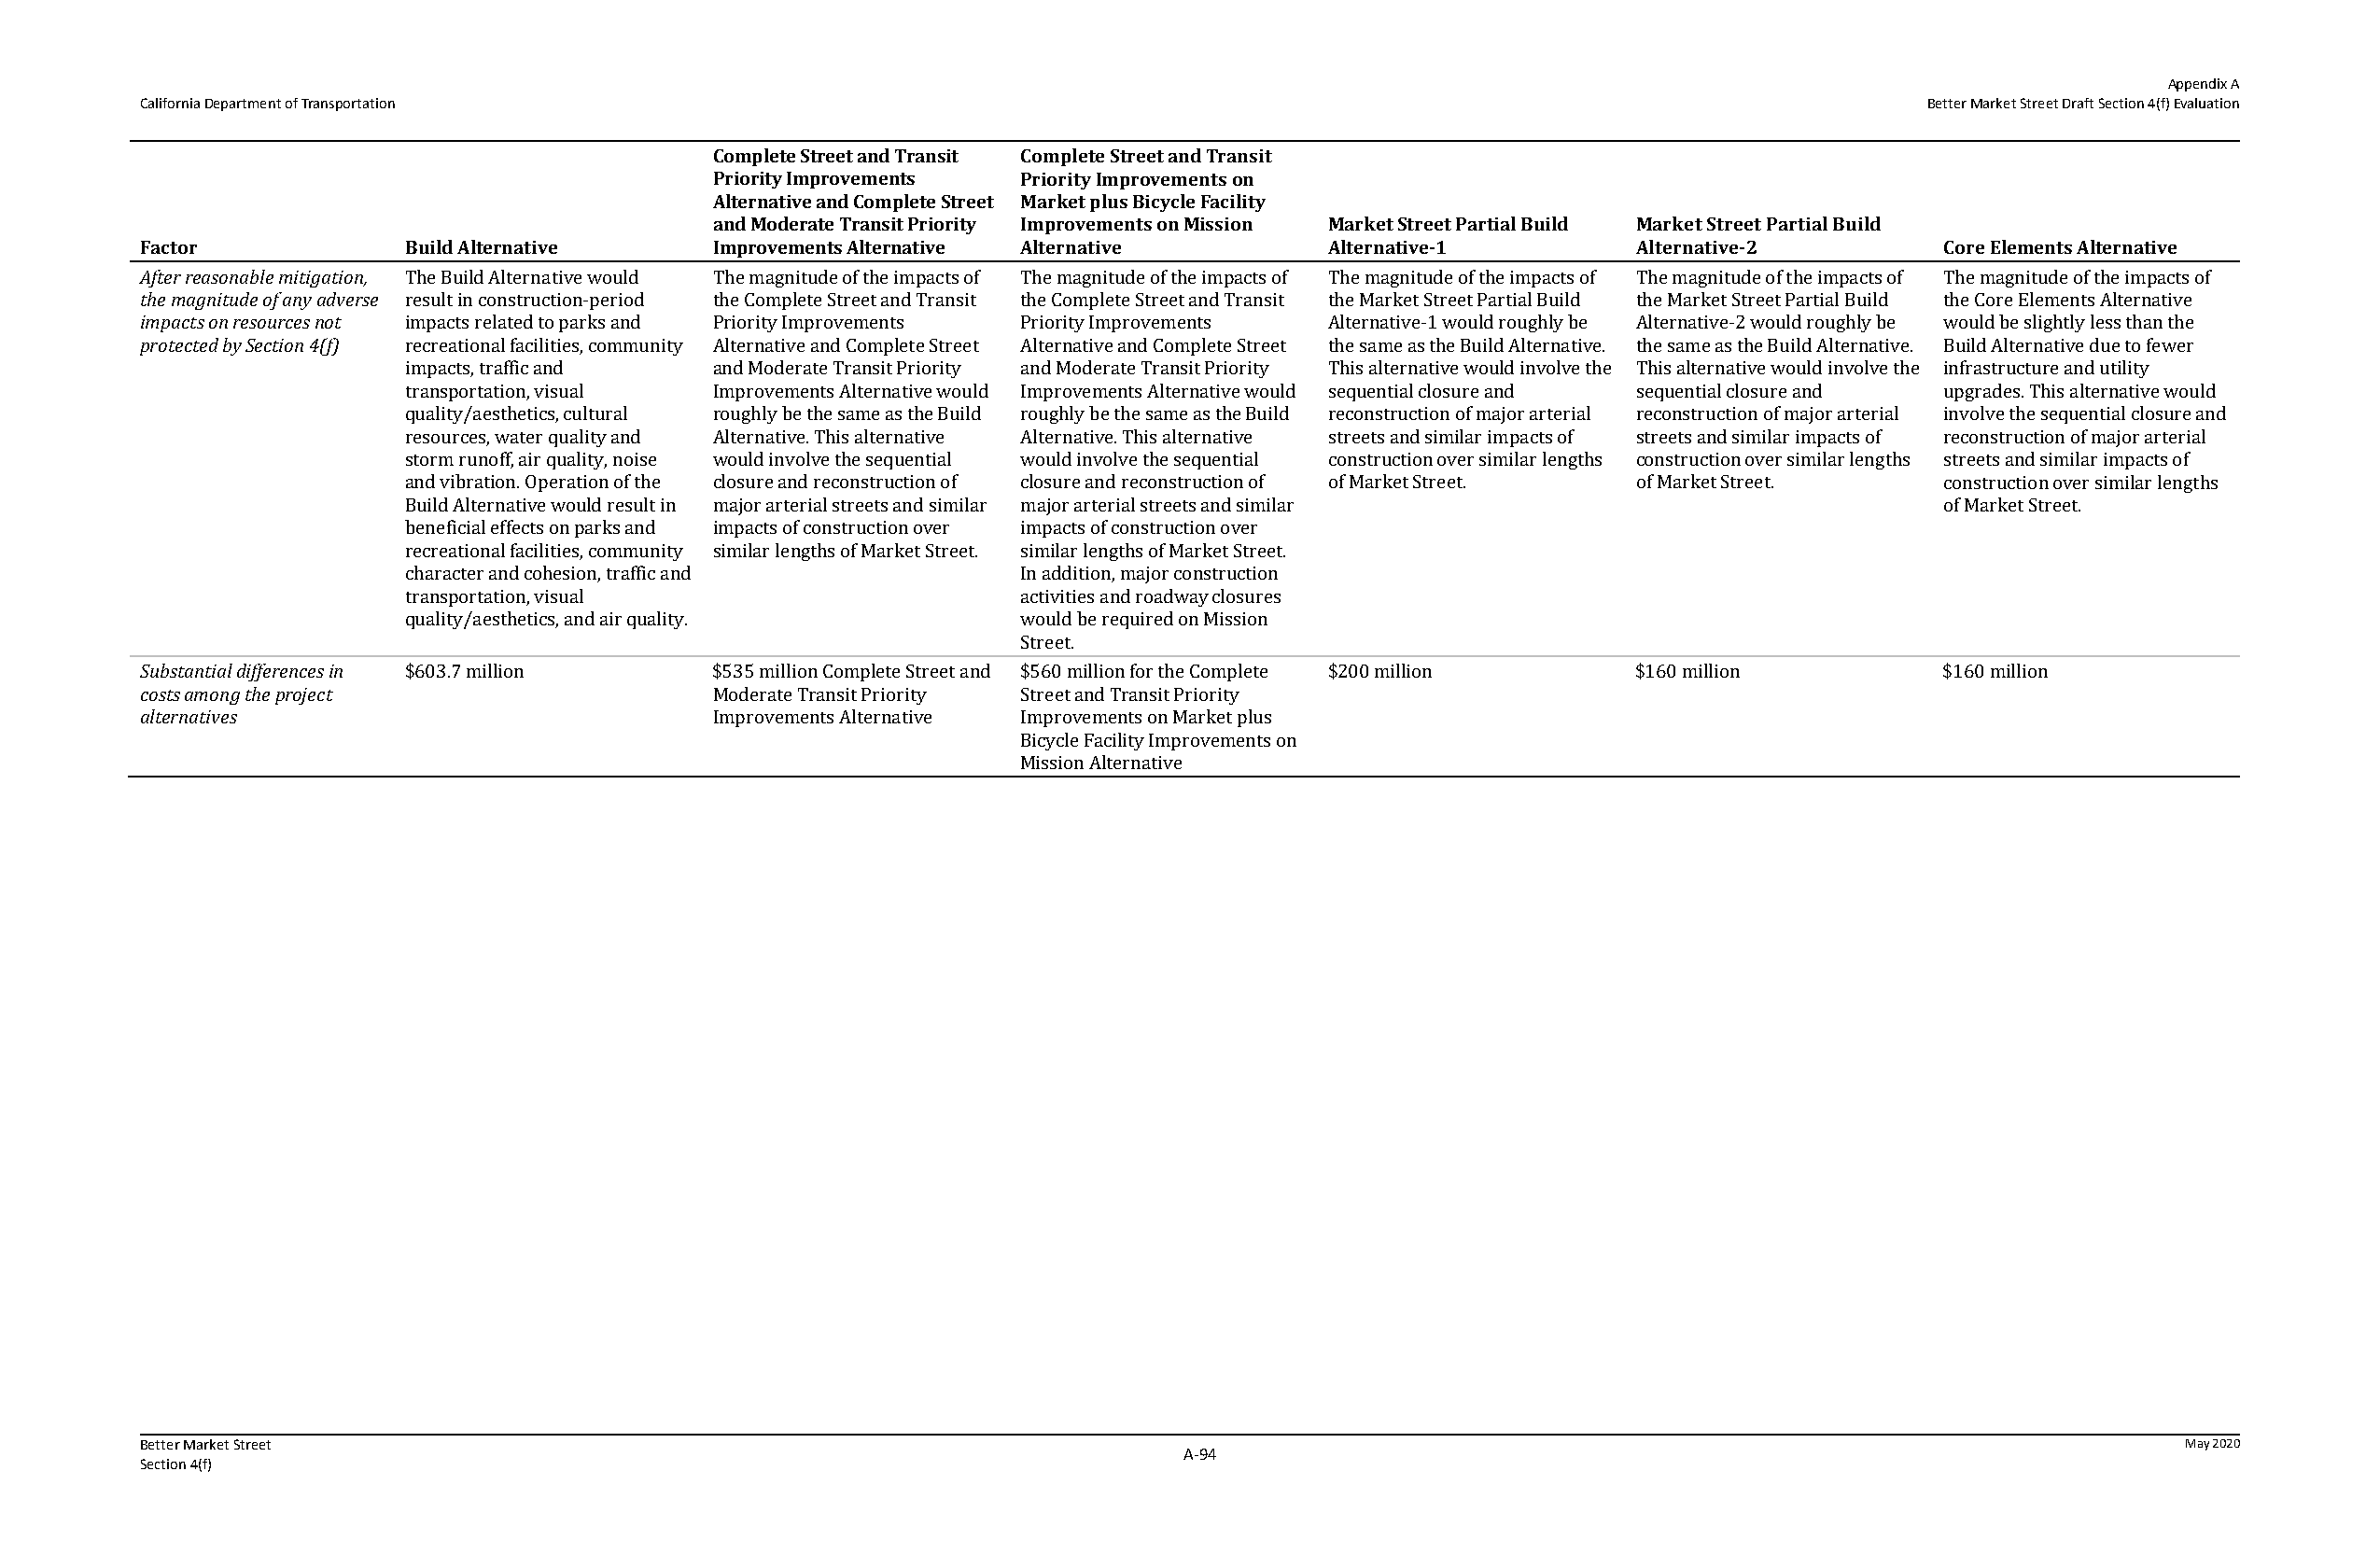
Appendix A
 California Department of Transportation                                                                                        Better Market Street Draft Section 4(f) Evaluation
 Complete Street and Transit Complete Street and Transit
 Priority Improvements Priority Improvements on
 Alternative and Complete Street Market plus Bicycle Facility
 and Moderate Transit Priority Improvements on Mission Market Street Partial Build Market Street Partial Build
 Factor             Build Alternative     Improvements Alternative Alternative       Alternative‐1         Alternative‐2         Core Elements Alternative
 After reasonable mitigation, The Build Alternative would The magnitude of the impacts of The magnitude of the impacts of The magnitude of the impacts of The magnitude of the impacts of The magnitude of the impacts of
 the magnitude of any adverse result in construction-period the Complete Street and Transit the Complete Street and Transit the Market Street Partial Build the Market Street Partial Build the Core Elements Alternative
 impacts on resources not impacts related to parks and Priority Improvements Priority Improvements Alternative-1 would roughly be Alternative-2 would roughly be would be slightly less than the
 protected by Section 4(f) recreational facilities, community Alternative and Complete Street Alternative and Complete Street the same as the Build Alternative. the same as the Build Alternative. Build Alternative due to fewer
 impacts, traffic and  and Moderate Transit Priority and Moderate Transit Priority This alternative would involve the This alternative would involve the infrastructure and utility
 transportation, visual Improvements Alternative would Improvements Alternative would sequential closure and sequential closure and upgrades. This alternative would
 quality/aesthetics, cultural roughly be the same as the Build roughly be the same as the Build reconstruction of major arterial reconstruction of major arterial involve the sequential closure and
 resources, water quality and Alternative. This alternative Alternative. This alternative streets and similar impacts of streets and similar impacts of reconstruction of major arterial
 storm runoff, air quality, noise would involve the sequential would involve the sequential construction over similar lengths construction over similar lengths streets and similar impacts of
 and vibration. Operation of the closure and reconstruction of closure and reconstruction of of Market Street. of Market Street. construction over similar lengths
 Build Alternative would result in major arterial streets and similar major arterial streets and similar      of Market Street.
 beneficial effects on parks and impacts of construction over impacts of construction over
 recreational facilities, community similar lengths of Market Street. similar lengths of Market Street.
 character and cohesion, traffic and        In addition, major construction
 transportation, visual                     activities and roadway closures
 quality/aesthetics, and air quality.       would be required on Mission
 Street.
 Substantial differences in $603.7 million $535 million Complete Street and $560 million for the Complete $200 million $160 million $160 million
 costs among the project                  Moderate Transit Priority Street and Transit Priority
 alternatives                             Improvements Alternative Improvements on Market plus
 Bicycle Facility Improvements on
 Mission Alternative
 Better Market Street                                                                                                                             May 2020
 A‐94
 Section 4(f)